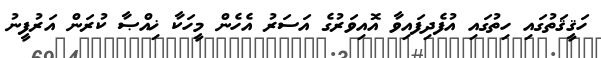
ހަޤީޤަތުގައި ހިތުގައި އުފެދިފައިވާ އޮއިވަރުގެ އަސަރު އެހެން މީހަކާ ޚިއްޞާ ކުރަން އަރުފީނު